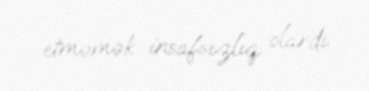
etməmək insafsızlıq olardı.